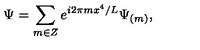
\Psi = \sum _ { m \in Z } e ^ { i 2 \pi m x ^ { 4 } / L } \Psi _ { ( m ) } ,